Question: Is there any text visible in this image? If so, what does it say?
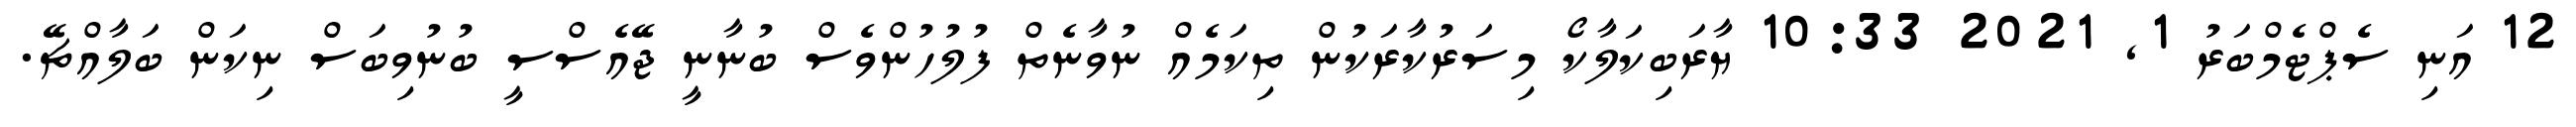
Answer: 12 އަނި ސެޕްޓެމްބަރު 1, 2021 10:33 ޔާރަބިކަލާކޯ މިސަރުކާރަކުން ތިކަމެއް ނުވާނެތް ފުލުހުންވެސް ބުނާނީ ޖޭއެސްސީ ބުނުވިބަސް ނިކަން ބަލާއްޗޭ.